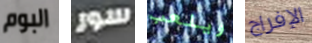
البوم سور ويلعب الإفراج